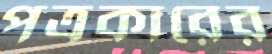
পত্রকারের